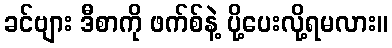
ခင်ဗျား ဒီစာကို ဖက်စ်နဲ့ ပို့ပေးလို့ရမလား။